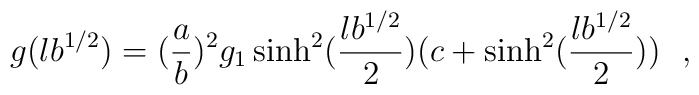
g(lb^{1/2})=({a\over b})^2g_1\sinh^2({lb^{1/2}\over 2})(c+\sinh^2({lb^{1/2}\over 2}))~~,